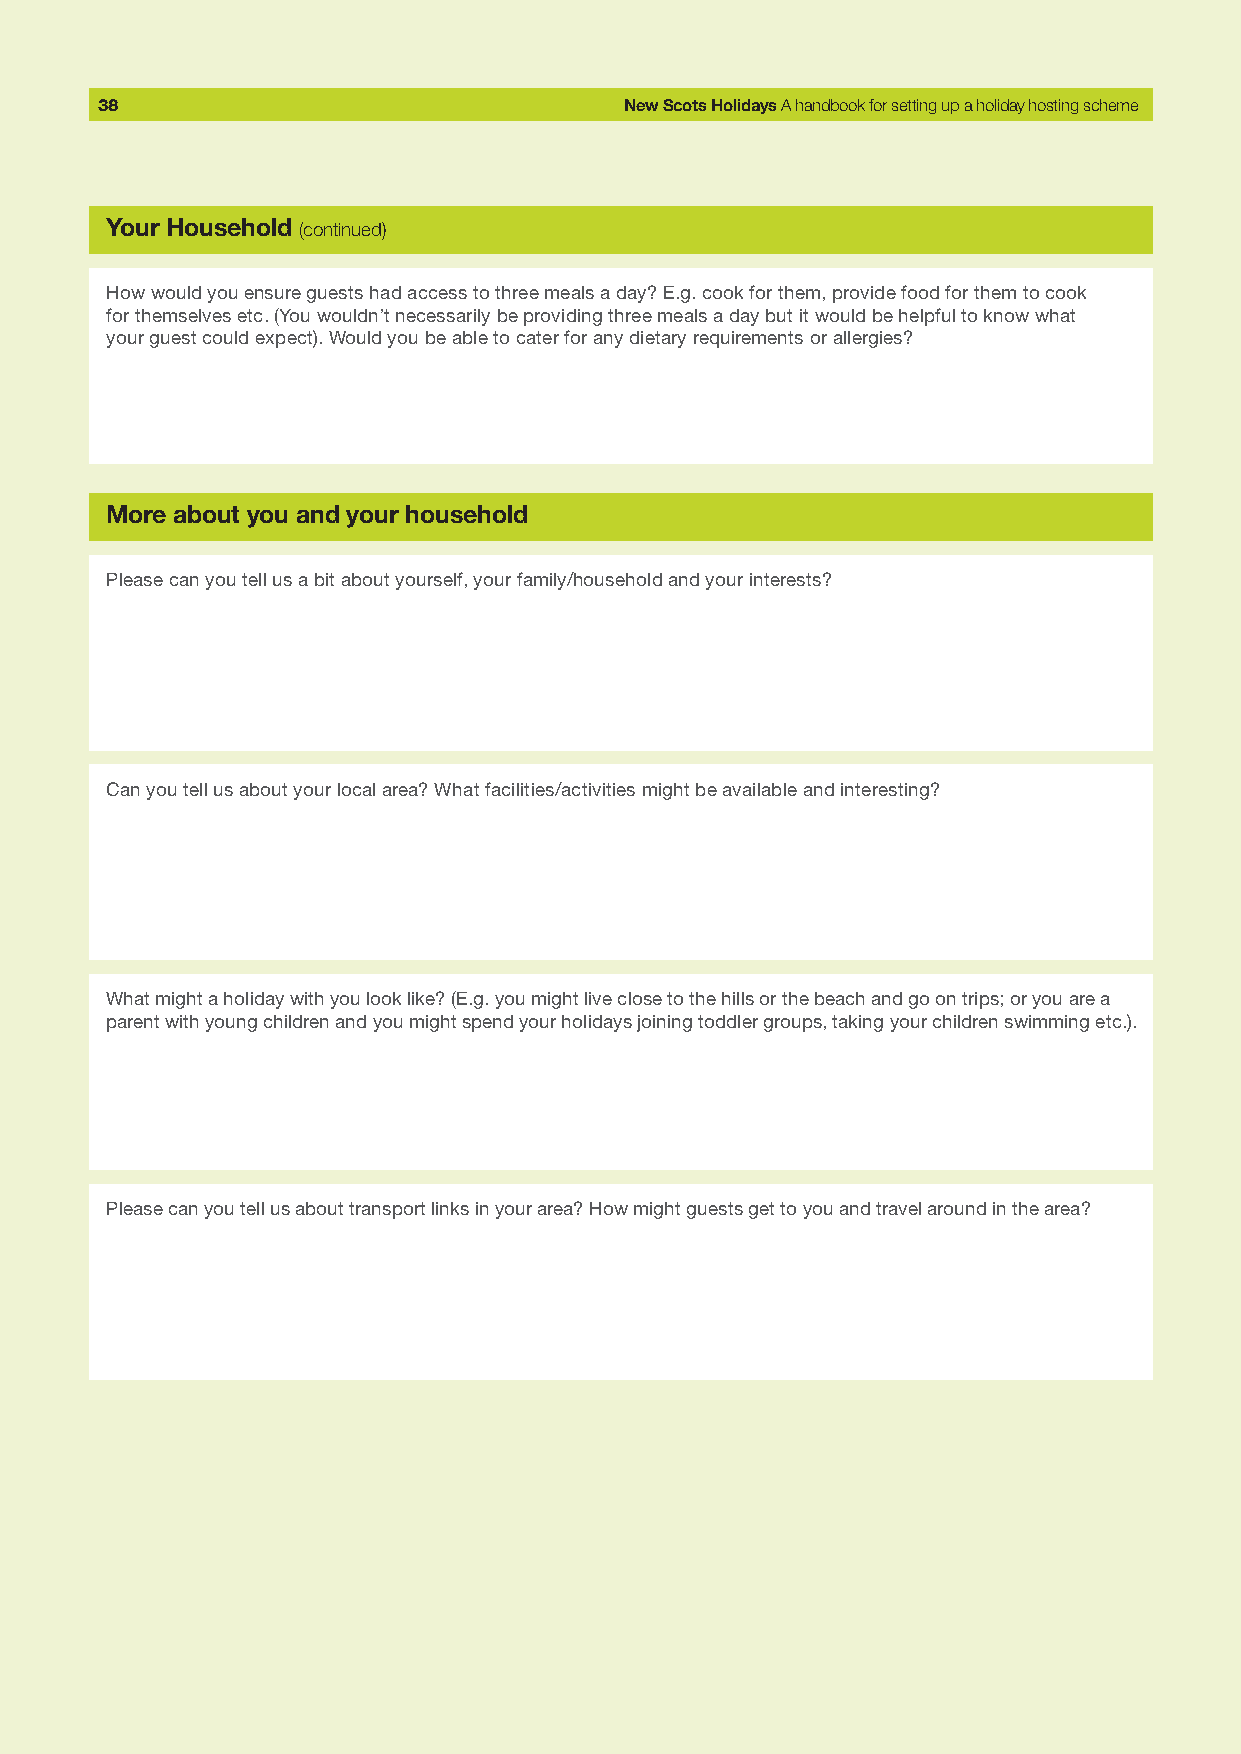
38                                 New Scots Holidays A handbook for setting up a holiday hosting scheme
 Your Household (continued)
 How would you ensure guests had access to three meals a day? E.g. cook for them, provide food for them to cook
 for themselves etc. (You wouldn’t necessarily be providing three meals a day but it would be helpful to know what
 your guest could expect). Would you be able to cater for any dietary requirements or allergies?
 More about you and your household
 Please can you tell us a bit about yourself, your family/household and your interests?
 Can you tell us about your local area? What facilities/activities might be available and interesting?
 What might a holiday with you look like? (E.g. you might live close to the hills or the beach and go on trips; or you are a
 parent with young children and you might spend your holidays joining toddler groups, taking your children swimming etc.).
 Please can you tell us about transport links in your area? How might guests get to you and travel around in the area?